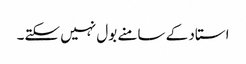
استاد کے سامنے بول نہیں سکتے۔